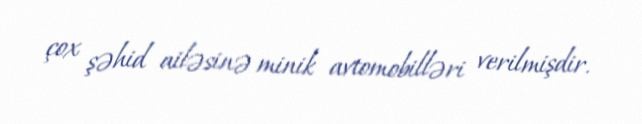
çox şəhid ailəsinə minik avtomobilləri verilmişdir.